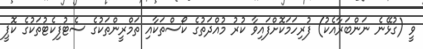
ވީ (ގުޅޭނެ ނަންބަރާއެކު) ފުރިހަމަކޮށްފައިވާ ކުރު މުއްދަތުގެ ކޯސްތަކާއި ތަމްރީންތަކުގެ ސެޓުފިކެޓުތަކުގެ ކޮޕީ